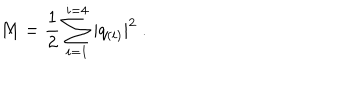
M = \frac { 1 } { 2 } \sum _ { i = 1 } ^ { i = 4 } | q _ { ( i ) } | ^ { 2 } \ .